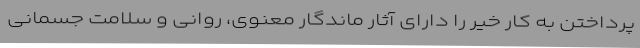
پرداختن به کار خیر را دارای آثار ماندگار معنوی، روانی و سلامت جسمانی